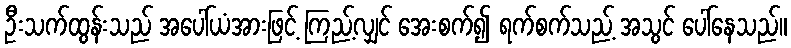
ဦးသက်ထွန်းသည် အပေါ်ယံအားဖြင့် ကြည့်လျှင် အေးစက်၍ ရက်စက်သည့် အသွင် ပေါ်နေသည်။